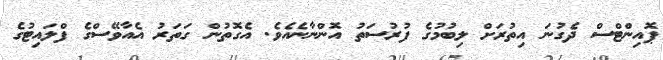
ޕޮއިންޓްސް ދެގުނަ އިތުރަށް ލިބުމުގެ ފުރުސަތު އޮންނާނެއެވެ. އެގޮތުން ގަތަރު އެއާވޭސްގެ ފްލައިޓުގެ